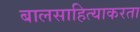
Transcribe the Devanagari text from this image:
बालसाहित्याकरता